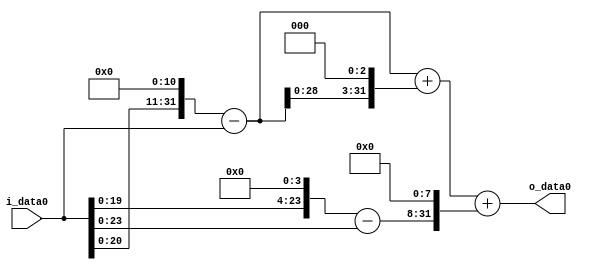
module multiplier_block_4 (
    i_data0,
    o_data0
);
  input   [31:0] i_data0;
  output  [31:0]
    o_data0;
  wire [31:0]
    w1,
    w2048,
    w2047,
    w16,
    w15,
    w16376,
    w18423,
    w3840,
    w22263;
  assign w1 = i_data0;
  assign w15 = w16 - w1;
  assign w16 = w1 << 4;
  assign w16376 = w2047 << 3;
  assign w18423 = w2047 + w16376;
  assign w2047 = w2048 - w1;
  assign w2048 = w1 << 11;
  assign w22263 = w18423 + w3840;
  assign w3840 = w15 << 8;
  assign o_data0 = w22263;
endmodule